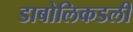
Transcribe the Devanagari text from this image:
डाबोलिकडली